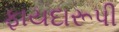
ફાયદારૂપી